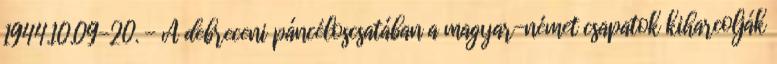
1944.10.09-20. - A debreceni páncéloscsatában a magyar-német csapatok kiharcolják